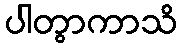
ပါတွာကာသိ